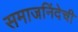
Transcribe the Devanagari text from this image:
समाजनिंदेची